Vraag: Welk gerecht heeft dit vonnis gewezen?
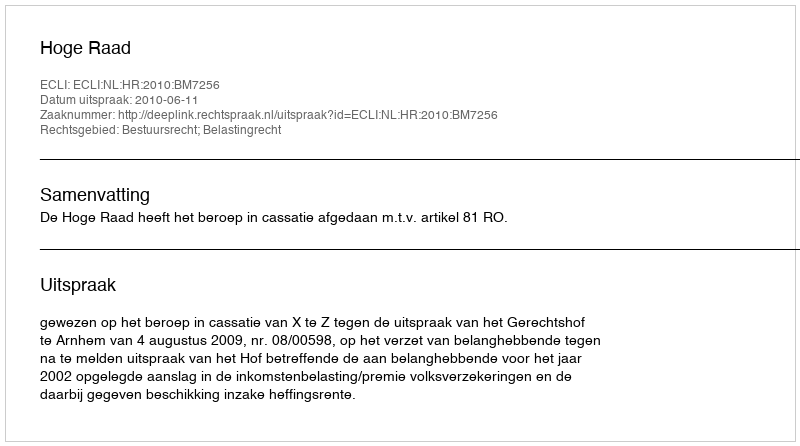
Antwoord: Hoge Raad